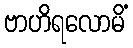
ဗာဟိရလောမိံ